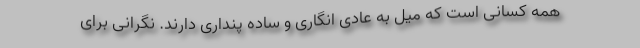
همه کسانی است که میل به عادی انگاری و ساده پنداری دارند. نگرانی برای